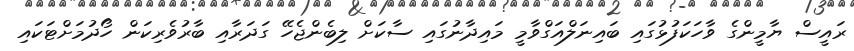
ރައީސް ޔާމީންގެ ވާހަކަފުޅުގައި ބައިނަލްއަގްވާމީ މައިދާނުގައި ސާކަށް ލިބެންޖެހޭ ގަދަރާއި ބާރުވެރިކަން ހޯދުމަށްޓަކައި